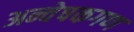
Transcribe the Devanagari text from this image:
अन्वेषकगण